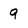
Character: 9